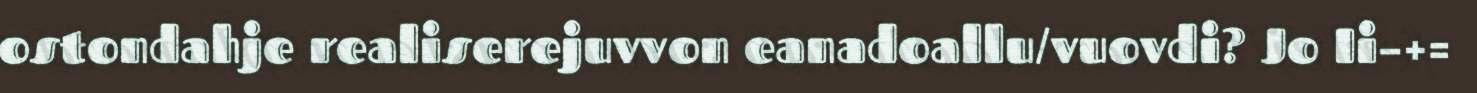
ostondahje realiserejuvvon eanadoallu/vuovdi? Jo Ii–+=